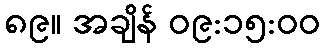
၈၉။ အချိန် ၀၉:၁၅:၀၀